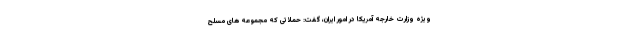
ویژه وزارت خارجه آمریکا در امور ایران، گفت: حملاتی که مجموعه های مسلح